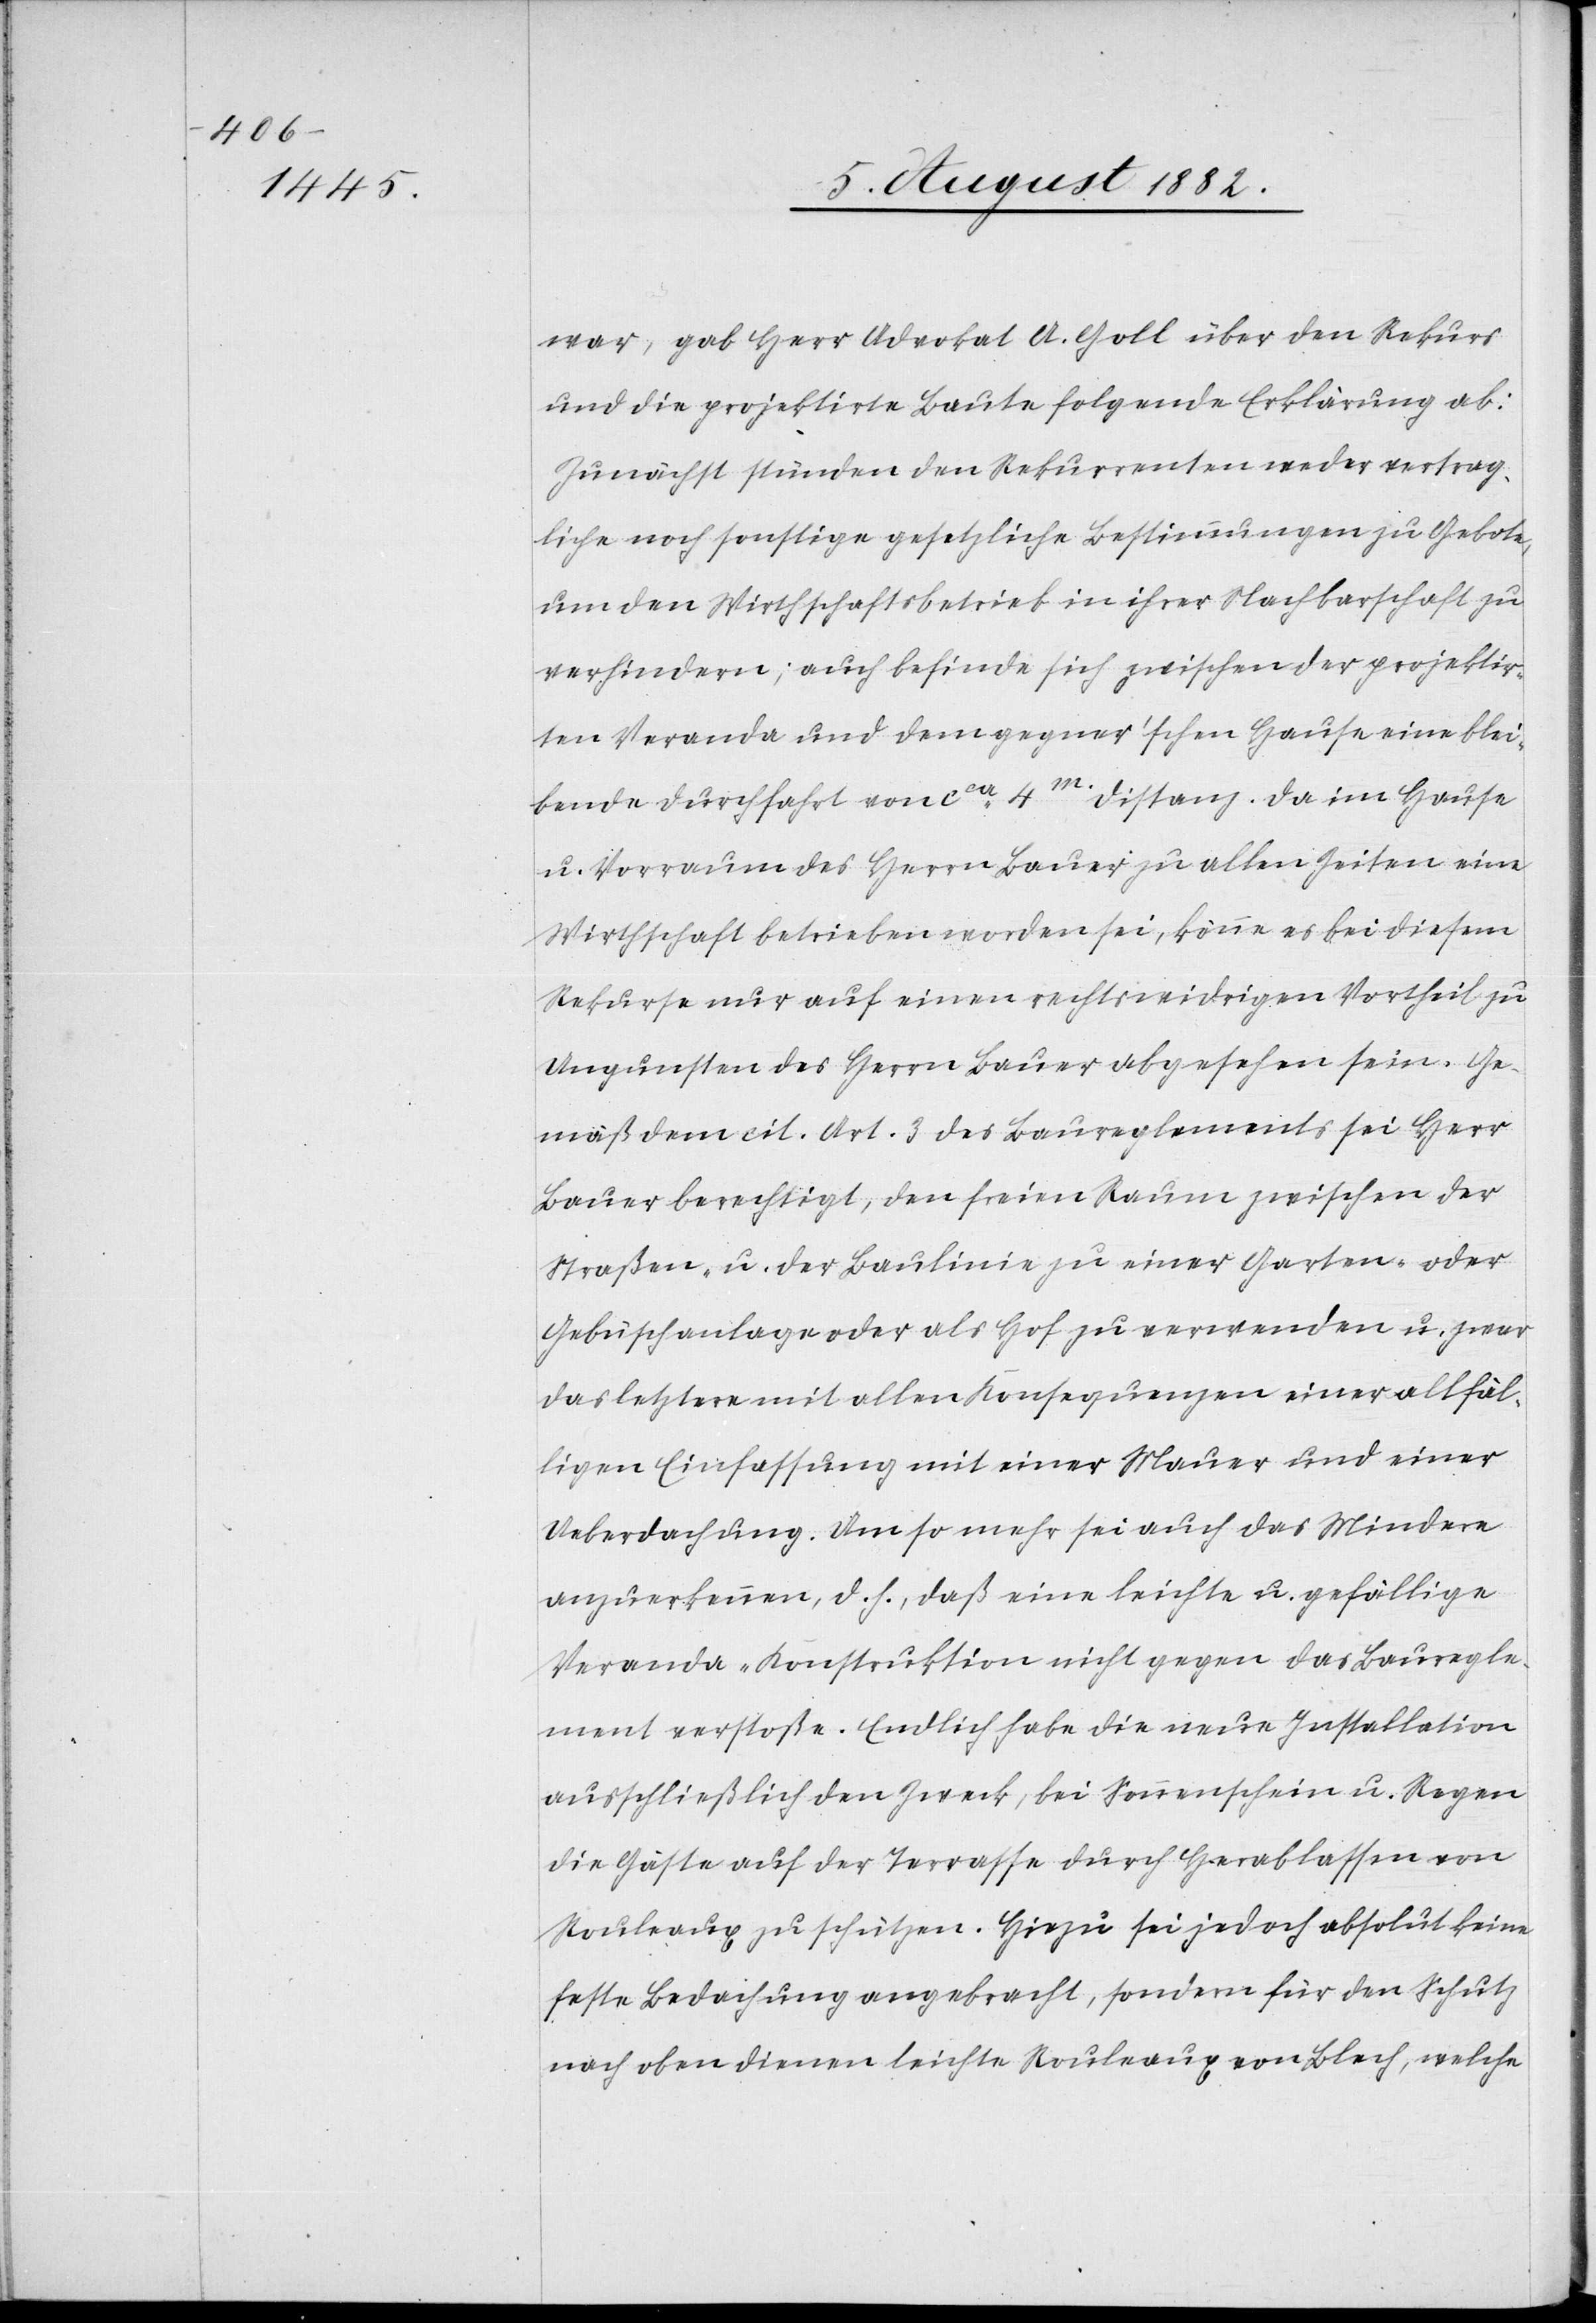
war, gab Herr Advokat A. Goll über den Rekurs
und die projektirte Baute folgende Erklärung ab:
Zunächst stünden den Rekurrenten weder vertrag¬
liche noch sonstige gesetzliche Bestimmungen zu Gebote,
um den Wirthschaftsbetrieb in ihrer Nachbarschaft zu
verhindern; auch befinde sich zwischen der projektir¬
ten Veranda und dem gegner’schen Hause eine blei¬
bende Durchfahrt von ca 4m Distanz. Da im Hause
u. Vorraum des Herrn Bauer zu allen Zeiten eine
Wirthschaft betrieben worden sei, könne es bei diesem
Rekurse nur auf einen rechtswidrigen Vortheil zu
Ungunsten des Herrn Bauer abgesehen sein. Ge¬
mäß dem cit. Art. 3 des Baureglements sei Herr
Bauer berechtigt, den freien Raum zwischen der
Straßen- u. der Baulinie zu einer Garten- oder
Gebüschanlage oder als Hof zu verwenden u. zwar
das letztere mit allen Konsequenzen einer allfäl¬
ligen Einfassung mit einer Mauer und einer
Ueberdachung. Um so mehr sei auch das Mindere
anzuerkennen, d. h., daß eine leichte u. gefällige
Veranda-Konstruktion nicht gegen das Bauregle¬
ment verstoße. Endlich habe die neue Installation
ausschließlich den Zweck, bei Sonnenschein u. Regen
die Gäste auf der Terrasse durch Herablassen von
Rouleaux zu schützen. Hiezu sei jedoch absolut keine
feste Bedachung angebracht, sondern für den Schutz
nach oben dienen leichte Rouleaux von Blech, welche